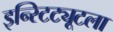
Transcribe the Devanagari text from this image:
इन्स्टिट्यूटला